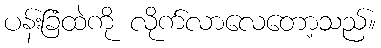
ပန်းခြံထဲကို လိုက်လာလေတော့သည်။